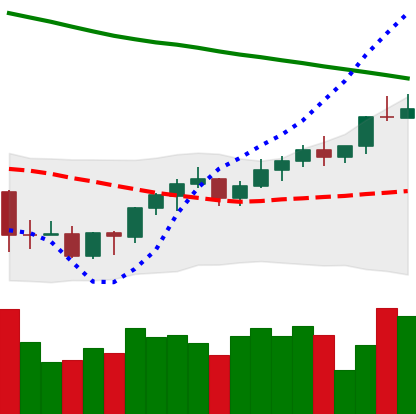
Ticker: BNB-USD
Chart end date: 2022-03-29
Forward return: 3.646%
Label: up_3_5